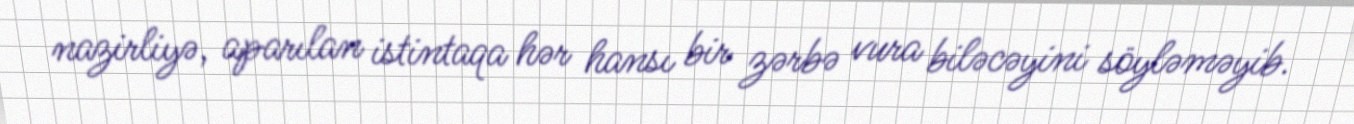
nazirliyə, aparılan istintaqa hər hansı bir zərbə vura biləcəyini söyləməyib.